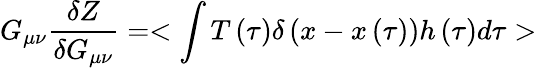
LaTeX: G_{\mu\nu}{\frac{\delta Z}{\delta G_{\mu\nu}}}=<\int{T\left(\tau\right)\delta\left(x-x\left(\tau\right)\right)h\left(\tau\right)d\tau}>